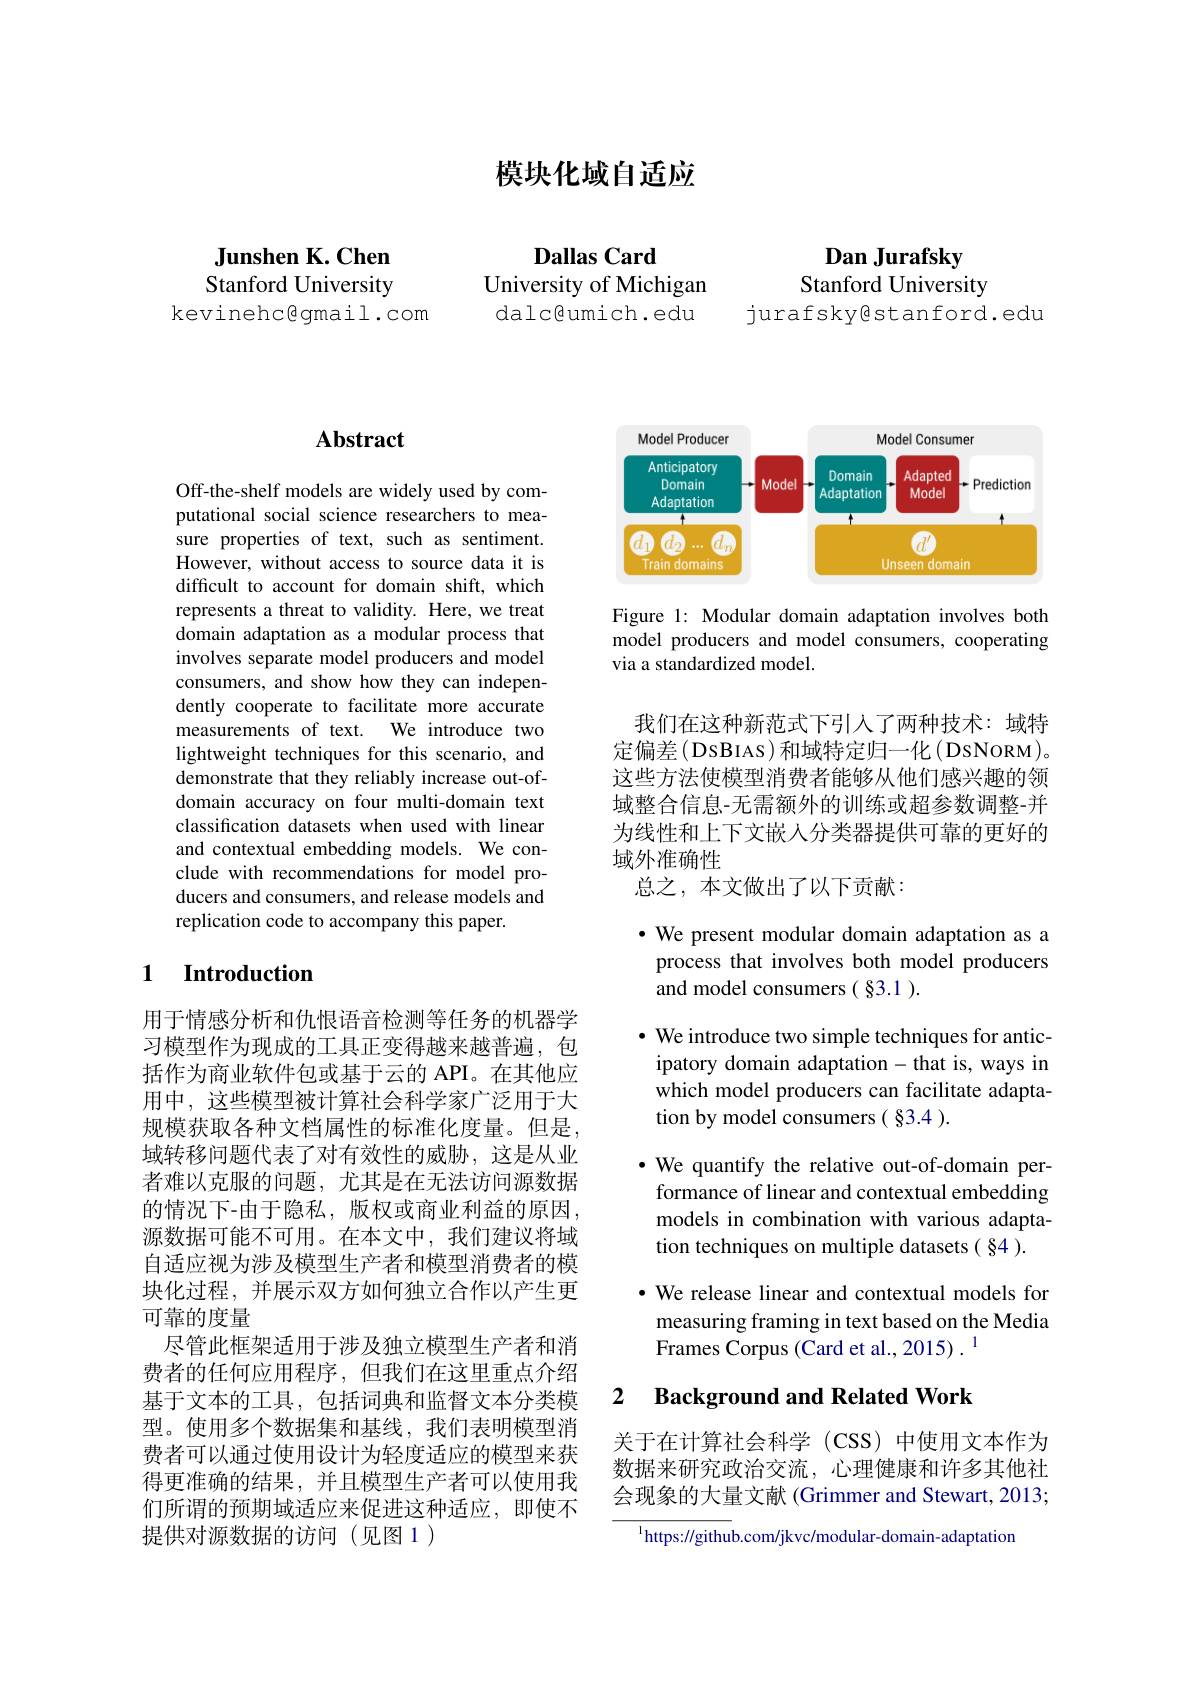
模块化域自适应

Junshen K. Chen Stanford University
kevinehc@gmail.com

Dallas Card
University of Michigan dalc@umich.edu

Dan Jurafsky
Stanford University
jurafskyestanford.edu

## $\mathbf{Abstract}$

Off-the-shelf models are widely used by computational social science researchers to measure properties of text, such as sentiment. However, without access to source data it is difficult to account for domain shift, which represents a threat to validity. Here, we treat domain adaptation as a modular process that involves separate model producers and model consumers, and show how they can independently cooperate to facilitate more accurate measurements of text. We introduce two lightweight techniques for this scenario, and demonstrate that they reliably increase out-ofdomain accuracy on four multi-domain text classification datasets when used with linear and contextual embedding models. We conclude with recommendations for model producers and consumers, and release models and replication code to accompany this paper.

### 1 $\textbf{Introduction}$

用于情感分析和仇恨语音检测等任务的机器学习模型作为现成的工具正变得越来越普遍，包括作为商业软件包或基于云的 API。在其他应用中，这些模型被计算社会科学家广泛用于大规模获取各种文档属性的标准化度量。但是， 域转移问题代表了对有效性的威胁，这是从业者难以克服的问题，尤其是在无法访问源数据的情况下-由于隐私，版权或商业利益的原因， 源数据可能不可用。在本文中，我们建议将域自适应视为涉及模型生产者和模型消费者的模块化过程，并展示双方如何独立合作以产生更可靠的度量
尽管此框架适用于涉及独立模型生产者和消费者的任何应用程序，但我们在这里重点介绍基于文本的工具，包括词典和监督文本分类模型。使用多个数据集和基线，我们表明模型消费者可以通过使用设计为轻度适应的模型来获得更准确的结果，并且模型生产者可以使用我们所谓的预期域适应来促进这种适应，即使不提供对源数据的访问(见图 1)

<FigureHere>

Figure 1: Modular domain adaptation involves both model producers and model consumers, cooperating via a standardized model.

我们在这种新范式下引人了两种技术：域特定偏差(DSBIAS)和域特定归一化(DsNORM)。这些方法使模型消费者能够从他们感兴趣的领域整合信息-无需额外的训练或超参数调整-并为线性和上下文嵌人分类器提供可靠的更好的域外准确性
总之，本文做出了以下贡献：

$\bullet$ We present modular domain adaptation as a
process that involves both model producers
and model consumers( §3.1 ).

$\bullet$ We introduce two simple techniques for antic-
ipatory domain adaptation- that is, ways in which model producers can facilitate adaptation by model consumers( §3.4 ).
·We quantify the relative out-of-domain performance of linear and contextual embedding models in combination with various adaptation techniques on multiple datasets ( §4 ).
· We release linear and contextual models for

measuring framing in text based on the Media
Frames Corpus (Card et al., 2015) .$^{1}$

### 2 Background and Related Work

关于在计算社会科学(CSS)中使用文本作为数据来研究政治交流，心理健康和许多其他社会现象的大量文献 (Grimmer and Stewart, 2013;

$^{\mathrm{l}}$https://github.com/jkvc/modular-domain-adaptation